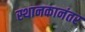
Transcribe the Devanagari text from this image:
स्थानकानंतर